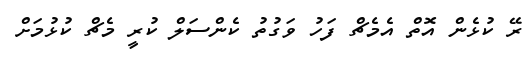
ރޭ ކުޅެން އޮތް އެމެޗް ފަހު ވަގުތު ކެންސަލް ކުރީ މެޗް ކުޅުމަށް